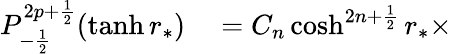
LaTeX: \begin{array}{rl}{P_{-\frac{1}{2}}^{2p+\frac{1}{2}}(\operatorname{tanh}r_{*})}&{{}=C_{n}\cosh^{2n+\frac{1}{2}}r_{*}\times}\end{array}